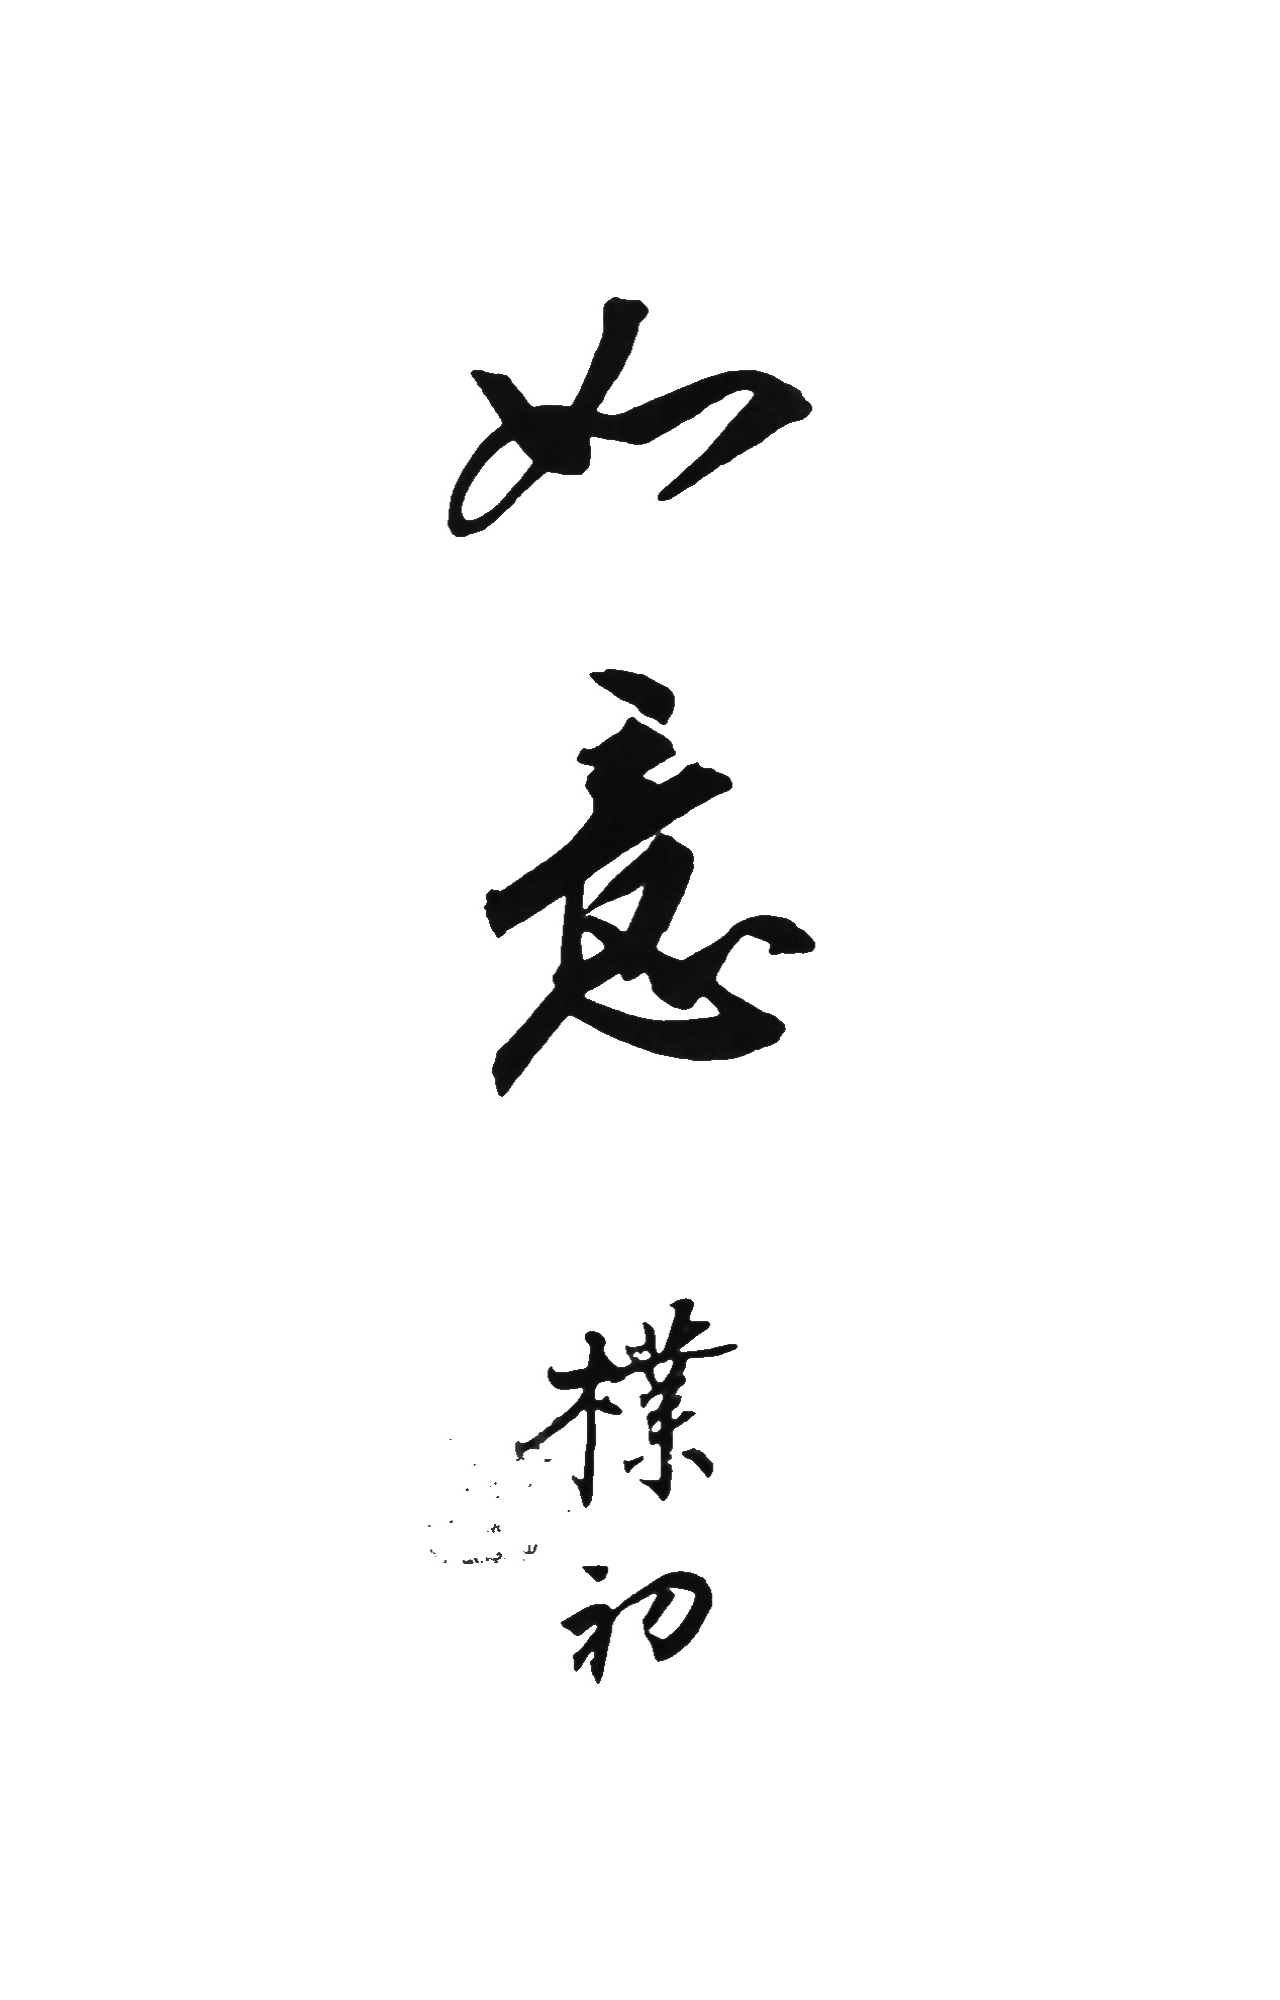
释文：如意托片